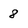
Character: 8